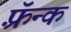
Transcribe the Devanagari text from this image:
फ़्रॅन्क